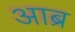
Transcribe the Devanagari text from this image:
आब्र